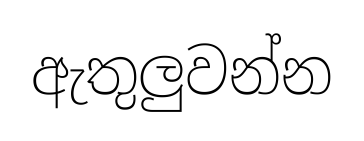
ඇතුලුවන්න